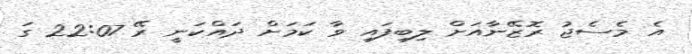
އެ މެސެޖު ރޮޒޭނާއަށް ލިބިފައި ވާ ކަމަށް ދައްކަނީ ރޭ 22:07 ގަ